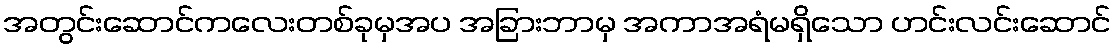
အတွင်းဆောင်ကလေးတစ်ခုမှအပ အခြားဘာမှ အကာအရံမရှိသော ဟင်းလင်းဆောင်